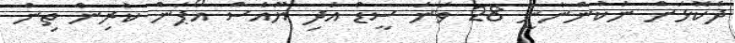
ދެކޮޅަށް ނުކުންނާނީ 28 ވަނަ ސީޑް އަދި ޔޫއެސް އޯޕަން ކުރިން ތިން